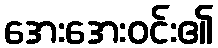
အေးအေးဝင်း၏